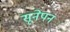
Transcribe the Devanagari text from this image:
सूनेपन